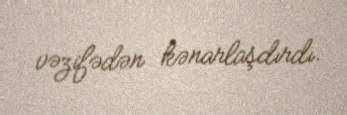
vəzifədən kənarlaşdırdı.